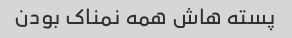
پسته هاش همه نمناک بودن